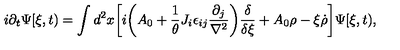
i \partial _ { t } \Psi [ \xi , t ) = \int d ^ { 2 } x \biggl [ i \biggl ( A _ { 0 } + { \frac { 1 } { \theta } } J _ { i } \epsilon _ { i j } { \frac { \partial _ { j } } { \nabla ^ { 2 } } } \biggr ) { \frac { \delta } { \delta \xi } } + A _ { 0 } \rho - \xi { \dot { \rho } } \biggr ] \Psi [ \xi , t ) ,